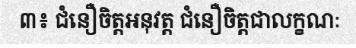
៣៖ ជំនឿចិត្តអនុវត្ត ជំនឿចិត្តជាលក្ខណៈ